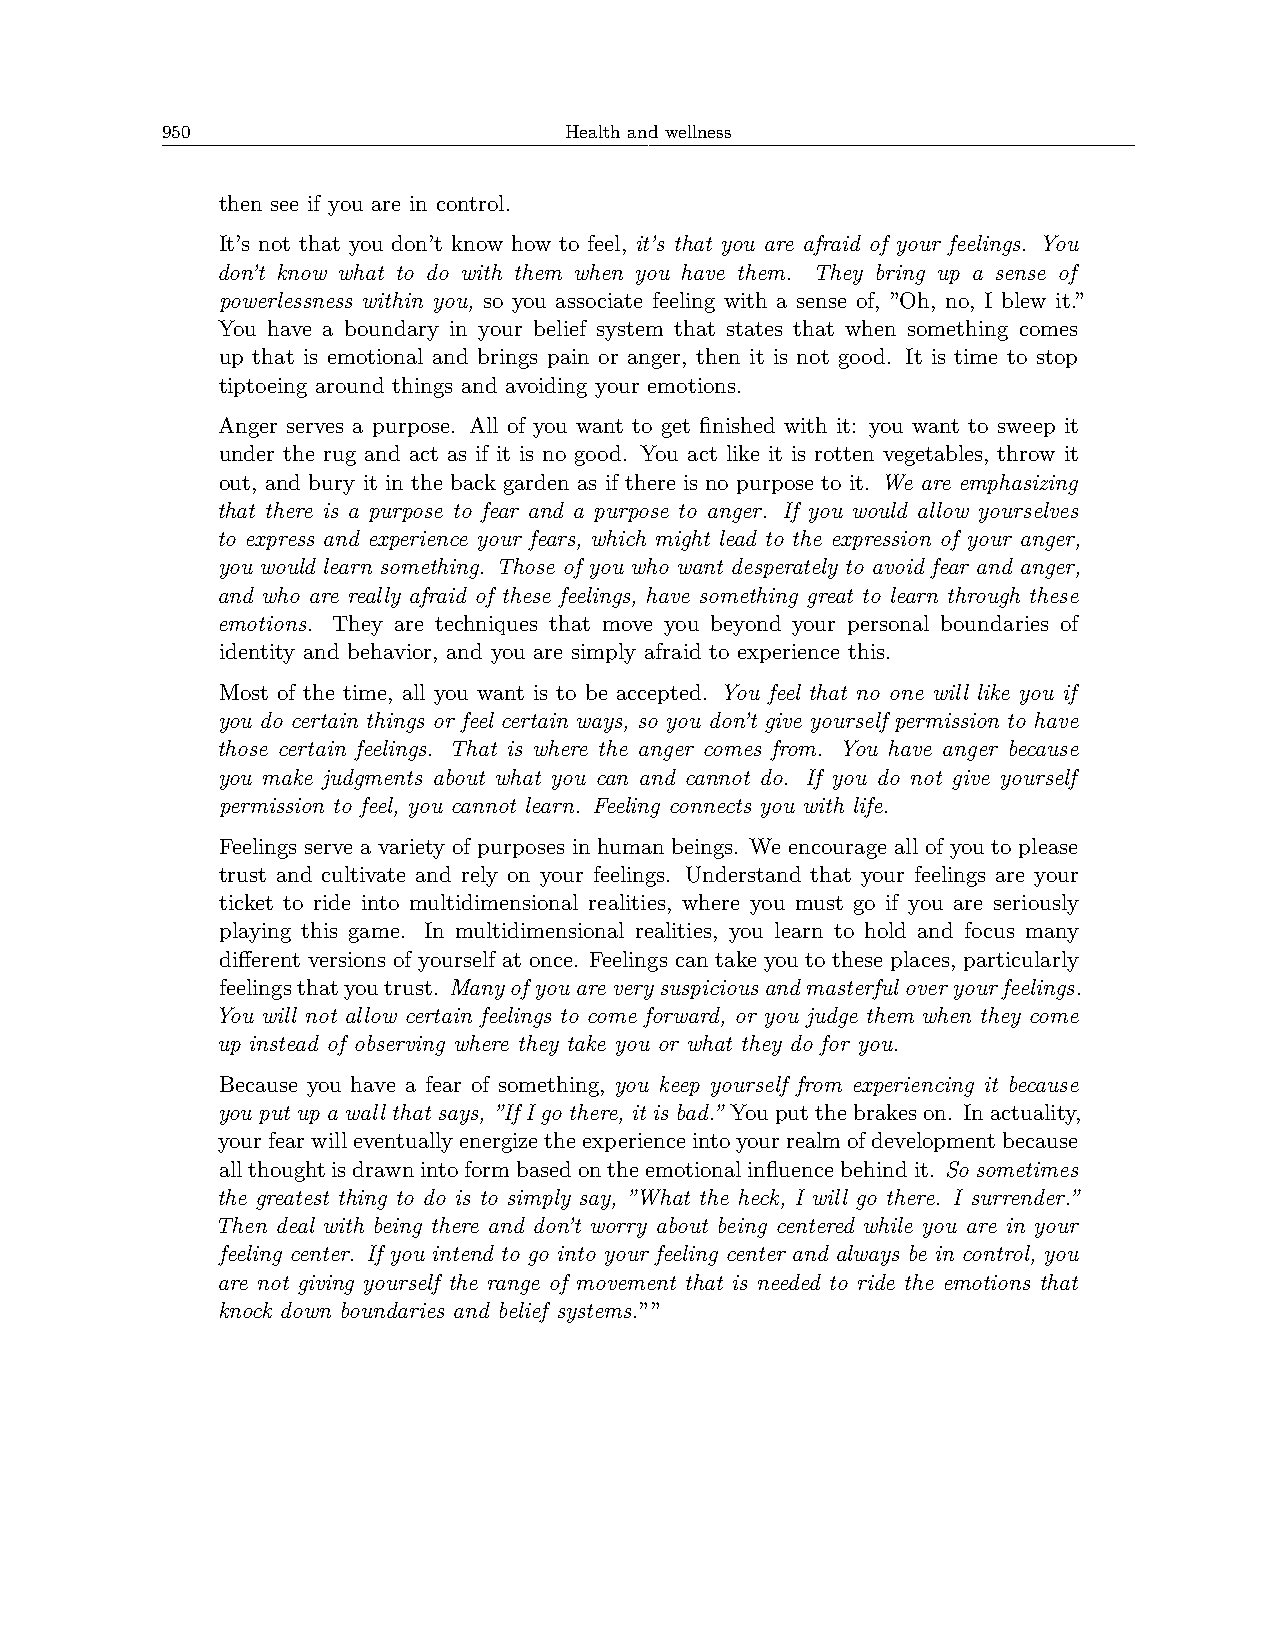
950                       Health and wellness
 then see if you are in control.
 It’s not that you don’t know how to feel, it’s that you are afraid of your feelings. You
 don’t know what to do with them when you have them. They bring up a sense of
 powerlessness within you, so you associate feeling with a sense of, ”Oh, no, I blew it.”
 You have a boundary in your belief system that states that when something comes
 up that is emotional and brings pain or anger, then it is not good. It is time to stop
 tiptoeing around things and avoiding your emotions.
 Anger serves a purpose. All of you want to get finished with it: you want to sweep it
 under the rug and act as if it is no good. You act like it is rotten vegetables, throw it
 out, and bury it in the back garden as if there is no purpose to it. We are emphasizing
 that there is a purpose to fear and a purpose to anger. If you would allow yourselves
 to express and experience your fears, which might lead to the expression of your anger,
 you would learn something. Those of you who want desperately to avoid fear and anger,
 and who are really afraid of these feelings, have something great to learn through these
 emotions. They are techniques that move you beyond your personal boundaries of
 identity and behavior, and you are simply afraid to experience this.
 Most of the time, all you want is to be accepted. You feel that no one will like you if
 you do certain things or feel certain ways, so you don’t give yourself permission to have
 those certain feelings. That is where the anger comes from. You have anger because
 you make judgments about what you can and cannot do. If you do not give yourself
 permission to feel, you cannot learn. Feeling connects you with life.
 Feelings serve a variety of purposes in human beings. We encourage all of you to please
 trust and cultivate and rely on your feelings. Understand that your feelings are your
 ticket to ride into multidimensional realities, where you must go if you are seriously
 playing this game. In multidimensional realities, you learn to hold and focus many
 different versions of yourself at once. Feelings can take you to these places, particularly
 feelingsthatyoutrust. Manyofyouareverysuspiciousandmasterfuloveryourfeelings.
 You will not allow certain feelings to come forward, or you judge them when they come
 up instead of observing where they take you or what they do for you.
 Because you have a fear of something, you keep yourself from experiencing it because
 you put up a wall that says, ”If I go there, it is bad.” Youputthebrakeson. Inactuality,
 yourfearwilleventuallyenergizetheexperienceintoyourrealmofdevelopmentbecause
 allthoughtisdrawnintoformbasedontheemotionalinfluencebehindit. Sosometimes
 the greatest thing to do is to simply say, ”What the heck, I will go there. I surrender.”
 Then deal with being there and don’t worry about being centered while you are in your
 feeling center. If you intend to go into your feeling center and always be in control, you
 are not giving yourself the range of movement that is needed to ride the emotions that
 knock down boundaries and belief systems.””